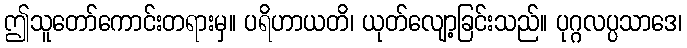
ဤသူတော်ကောင်းတရားမှ။ ပရိဟာယတိ၊ ယုတ်လျော့ခြင်းသည်။ ပုဂ္ဂလပ္ပသာဒေ၊